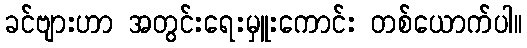
ခင်ဗျားဟာ အတွင်းရေးမှူးကောင်း တစ်ယောက်ပါ။